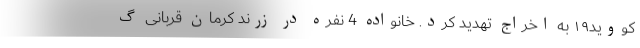
کووید۱۹ به اخراج تهدید کرد. خانواده 4 نفره در زرند کرمان قربانی گ